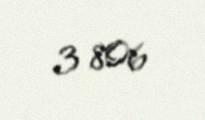
3 806